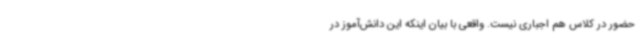
حضور در کلاس هم اجباری نیست. واقعی با بیان اینکه این دانش‌آموز در